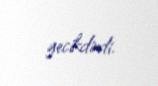
gecikdirdi.